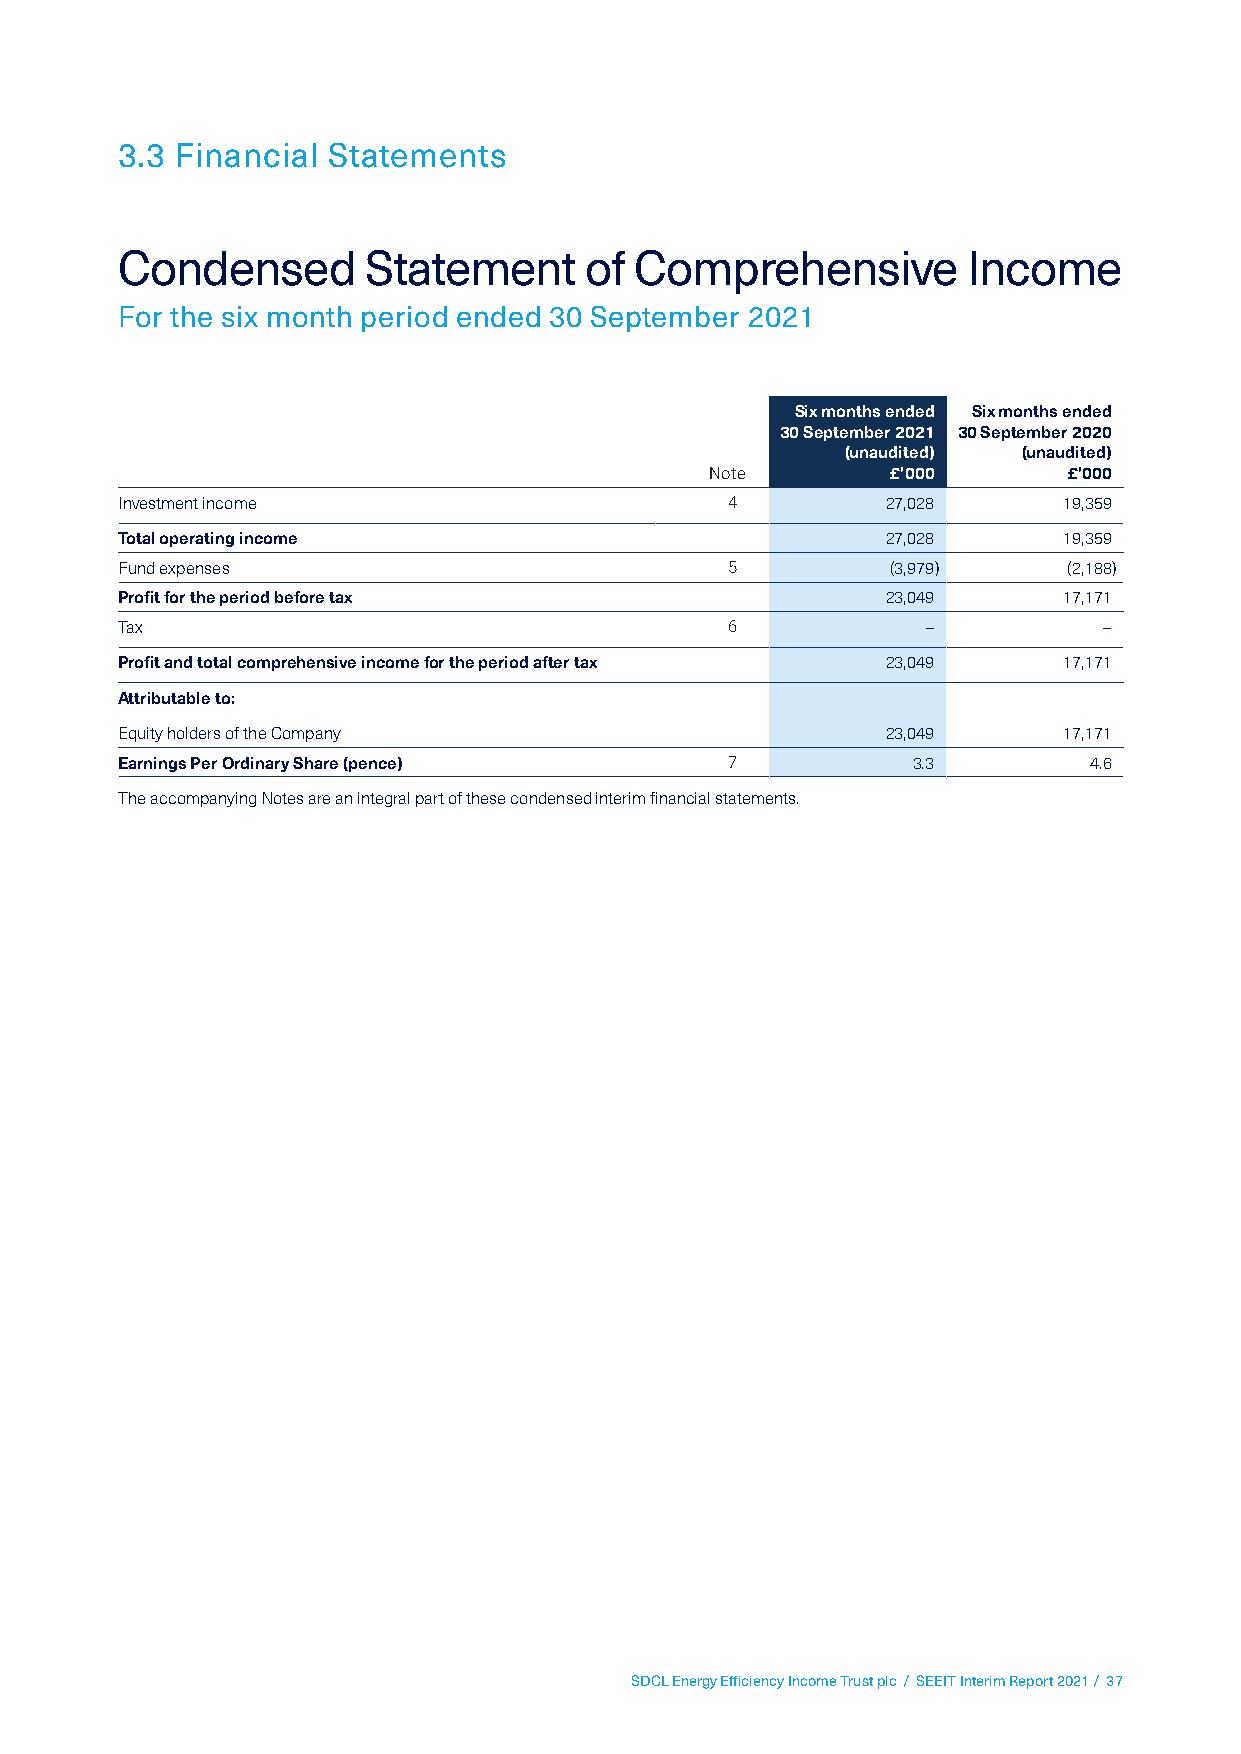
3.3 Financial Statements
 Condensed       Statement      of Comprehensive         Income
 For the six month period ended 30 September 2021
 Six months ended Six months ended
 30 September 2021 30 September 2020
 (unaudited) (unaudited)
 Note        £’000       £’000
 Investment income                       4          27,028     19,359
 Total operating income                             27,028     19,359
 Fund expenses                           5          (3,979)     (2,188)
 Profit for the period before tax                   23,049     17,171
 Tax                                     6            –           –
 Profit and total comprehensive income for the period after tax 23,049 17,171
 Attributable to:
 Equity holders of the Company                      23,049     17,171
 Earnings Per Ordinary Share (pence)     7           3.3         4.6
 The accompanying Notes are an integral part of these condensed interim financial statements.
 SDCL Energy Efficiency Income Trust plc / SEEIT Interim Report 2021 / 37